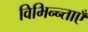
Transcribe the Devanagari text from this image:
विभिन्न्ताएँ